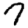
Digit: 7